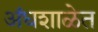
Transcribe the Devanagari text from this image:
अंधशाळेत